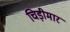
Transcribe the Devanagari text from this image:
चिड़ीमार